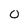
Character: 0